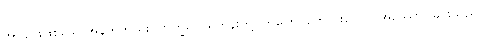
အကျဉ်းဖြစ်သောအနက်တည်း။ ဘိက္ခဝေ၊ ရဟန်းတို့။ ဘဒြော၊ ကောင်းသော။ အဿော၊ မြင်းသည်။